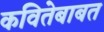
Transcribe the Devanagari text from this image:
कवितेबाबत